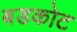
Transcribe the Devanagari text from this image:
बडकोट